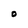
Character: O